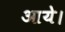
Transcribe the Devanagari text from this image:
आयेे।